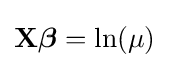
\mathbf {X} {\boldsymbol {\beta }}=\ln(\mu )\,\!